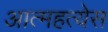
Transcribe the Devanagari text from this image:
आत्महत्येस